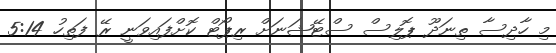
މި ހާދިސާ ތިނަދޫ ޕޮލިސް ސްޓޭޝަނަށް ރިޕޯޓް ކޮށްފައިވަނީ ރޭ ފަތިހު 5:14